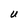
Character: U